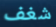
شغف